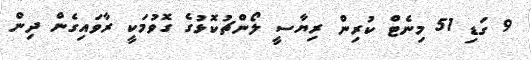
9 ގަޑި 51 މިނެޓް ކުރިން ރިޔާސީ ލޯންޗުކޮޅުގެ ގޮވުމަކީ ރާވައިގެން ދިން